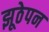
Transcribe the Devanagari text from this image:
झूठेपन